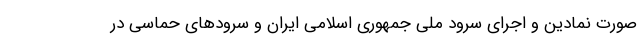
صورت نمادین و اجرای سرود ملی جمهوری اسلامی ایران و سرودهای حماسی در